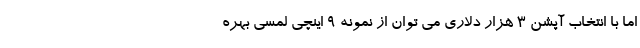
اما با انتخاب آپشن 3 هزار دلاری می توان از نمونه 9 اینچی لمسی بهره